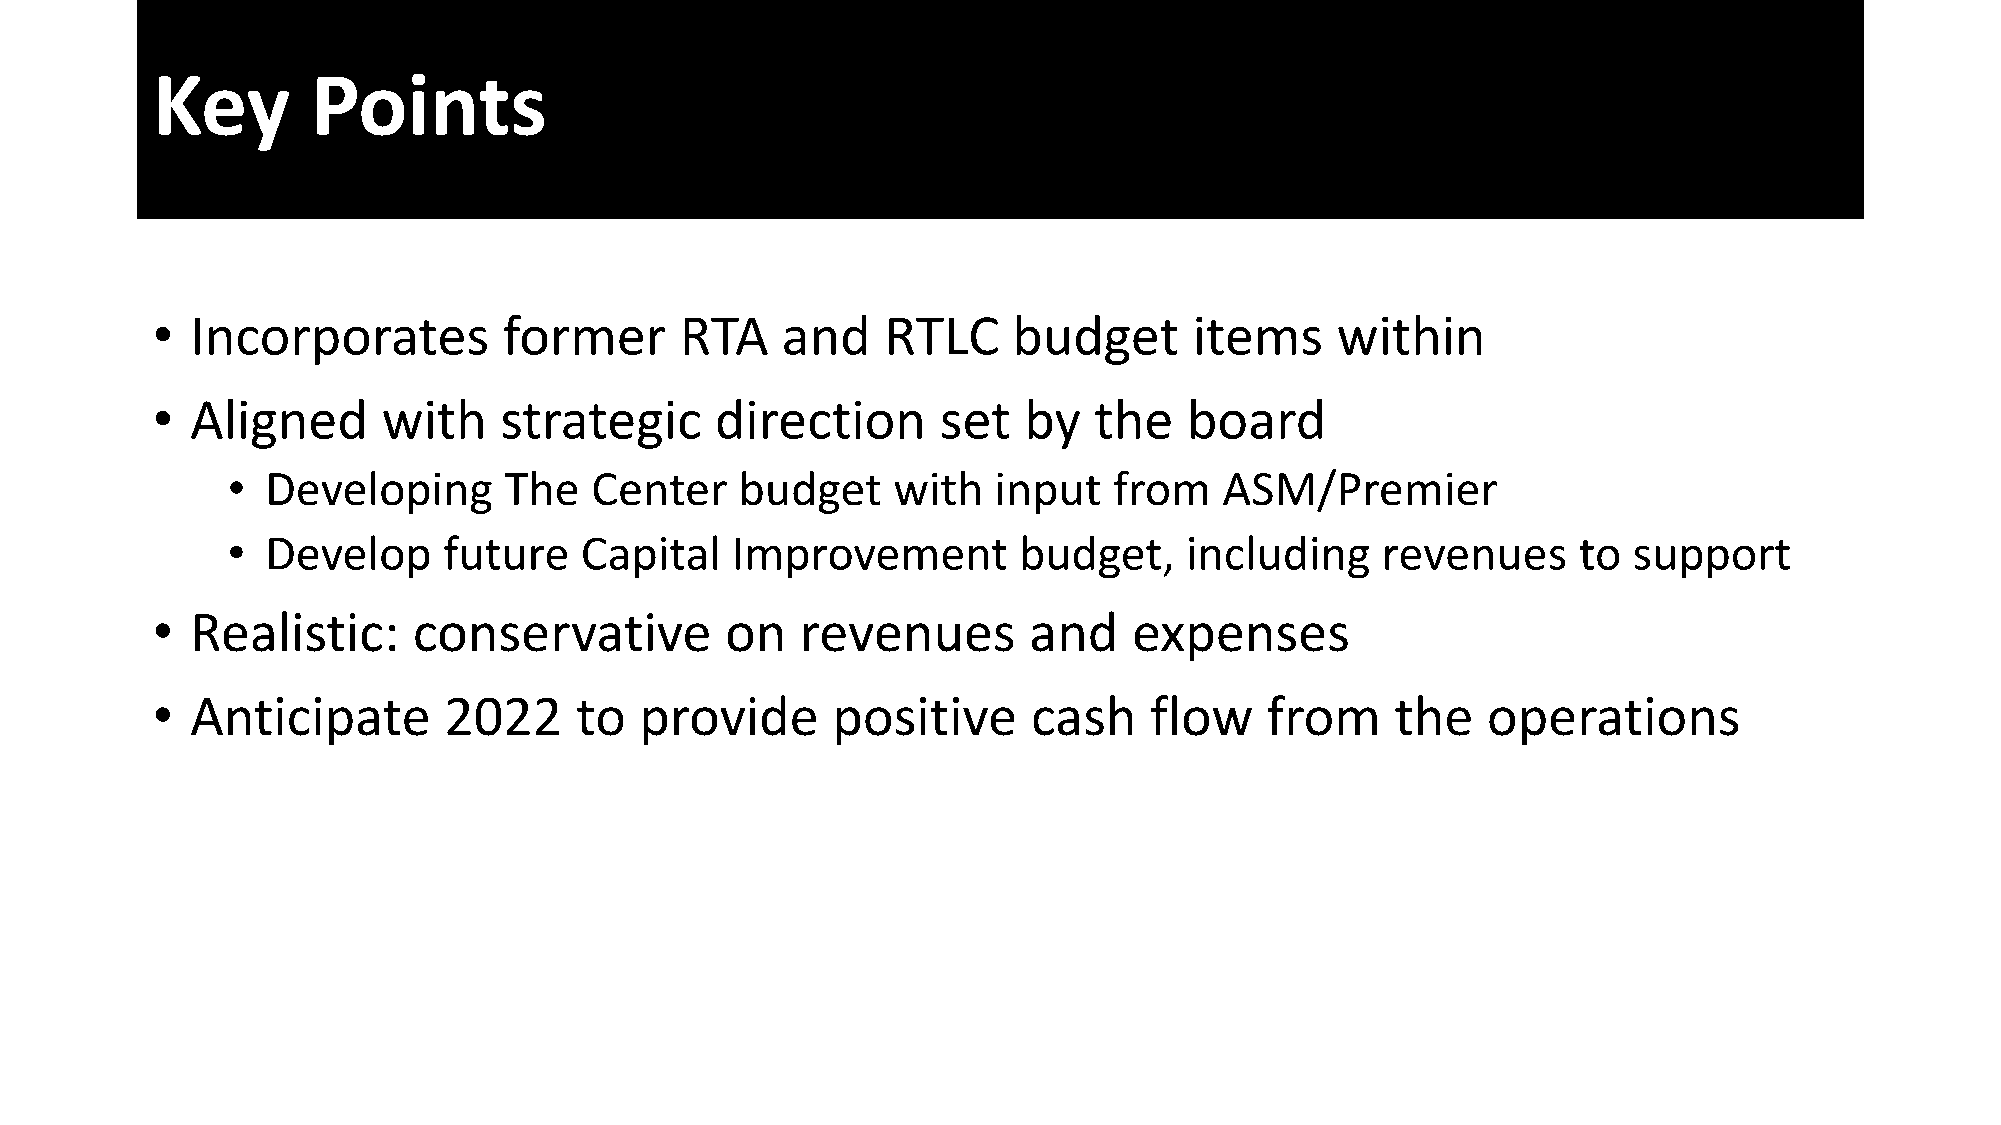
Key        Points
 •  Incorporates        former      RTA    and    RTLC    budget      items    within
 •  Aligned     with    strategic     direction      set   by  the    board
 •  Developing     The   Center    budget    with   input   from   ASM/Premier
 •  Develop    future   Capital   Improvement        budget,    including    revenues     to  support
 •  Realistic:    conservative         on   revenues       and    expenses
 •  Anticipate      2022     to  provide      positive     cash    flow    from    the   operations